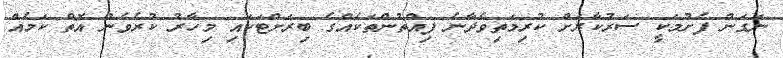
ނަގަން ފެށުމަކީ ސަރުކާރަށް ކުރިމަތިވެދާނެ ފިއްތުންތަކެއްގެ ބިރަށްޓަކައި މިހާރު ކުރެވެން އޮތް ކަމެއް